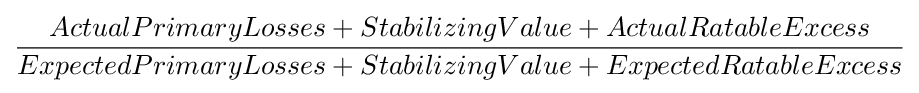
{\frac {ActualPrimaryLosses+StabilizingValue+ActualRatableExcess}{ExpectedPrimaryLosses+StabilizingValue+ExpectedRatableExcess}}